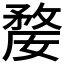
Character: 𭤇